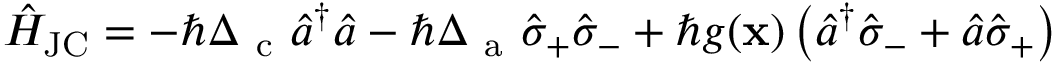
\hat { H } _ { \mathrm { J C } } = - \hbar \Delta _ { \mathrm { ~ c ~ } } \hat { a } ^ { \dagger } \hat { a } - \hbar \Delta _ { \mathrm { ~ a ~ } } \hat { \sigma } _ { + } \hat { \sigma } _ { - } + \hbar g ( { \bf x } ) \left( \hat { a } ^ { \dag } \hat { \sigma } _ { - } + \hat { a } \hat { \sigma } _ { + } \right)